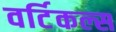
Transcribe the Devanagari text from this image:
वर्टिकल्स